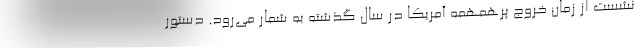
نشست از زمان خروج پرهمهمه آمریکا در سال گذشته به شمار می‌رود. دستور